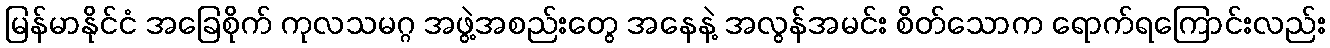
မြန်မာနိုင်ငံ အခြေစိုက် ကုလသမဂ္ဂ အဖွဲ့အစည်းတွေ အနေနဲ့ အလွန်အမင်း စိတ်သောက ရောက်ရကြောင်းလည်း